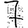
Digit: 7